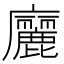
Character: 廲